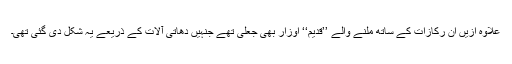
علاوہ ازیں ان رکازات کے ساتھ ملنے والے ’’قدیم‘‘ اوزار بھی جعلی تھے جنہیں دھاتی آلات کے ذریعے یہ شکل دی گئی تھی۔